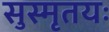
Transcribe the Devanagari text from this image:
सुस्मृतयः